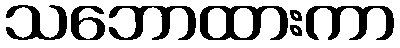
သဘောထားကာ